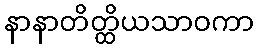
နာနာတိတ္ထိယသာဝကာ